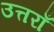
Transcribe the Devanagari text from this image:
उत्तराँ